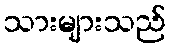
သားများသည်